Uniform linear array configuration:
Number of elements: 12
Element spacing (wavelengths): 1
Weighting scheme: hann
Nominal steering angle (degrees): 60
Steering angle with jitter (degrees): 59.585
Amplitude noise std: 0.05
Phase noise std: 0.05

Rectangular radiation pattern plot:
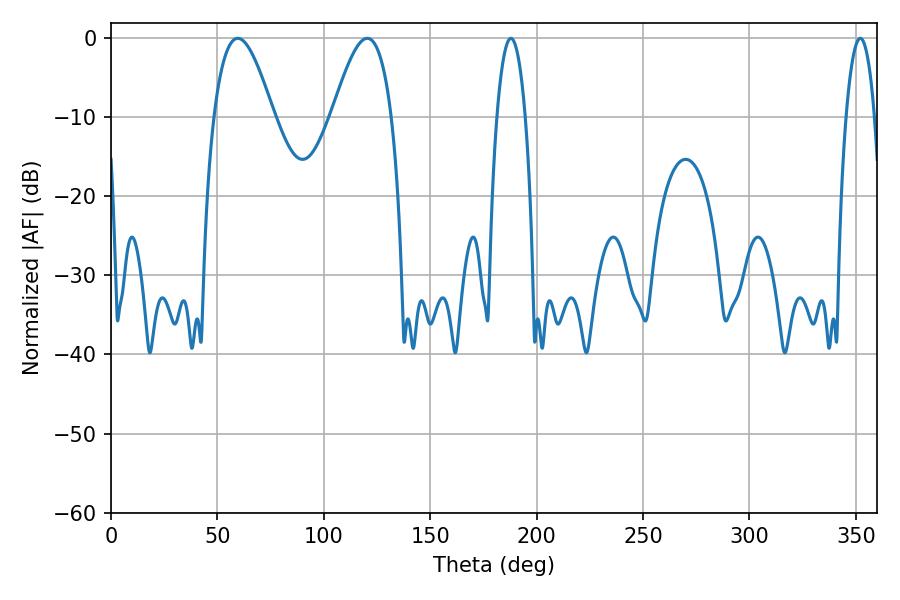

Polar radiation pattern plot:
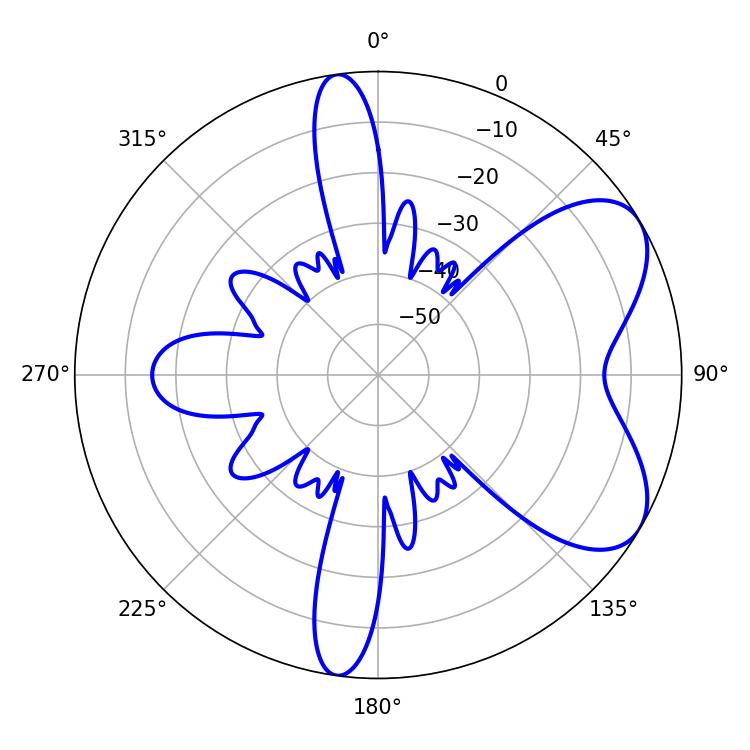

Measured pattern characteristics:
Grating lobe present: TRUE
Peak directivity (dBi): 6.326
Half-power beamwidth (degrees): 15.12
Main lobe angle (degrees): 59.58